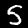
Digit: 5